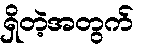
ရှိတဲ့အတွက်